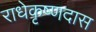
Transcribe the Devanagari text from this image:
राधेकृष्णदास